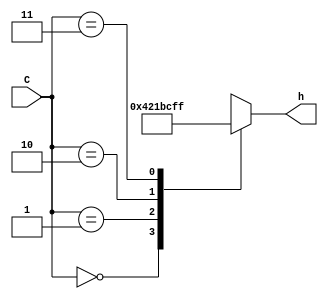
module decoder_7_seg_2_bits (
	input [1:0]C,
	output reg [0:6]h);
	
always @*

	case (C)
		2'b00: h = 7'b0100001; //d
		2'b01: h = 7'b0000110; //E
		2'b10: h = 7'b1111001; //1
		2'b11: h = 7'b1111111; //" "
	
	endcase
	
endmodule